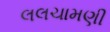
લલચામણી